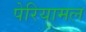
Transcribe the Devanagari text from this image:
पेरियामल